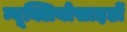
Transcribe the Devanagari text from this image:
न्यूक्लियोसाइडों